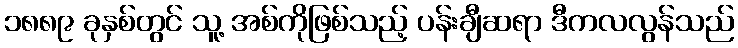
၁၈၈၉ ခုနှစ်တွင် သူ့ အစ်ကိုဖြစ်သည့် ပန်းချီဆရာ ဒီကလလွန်သည်